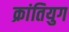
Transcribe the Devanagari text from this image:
क्रांतियुग